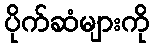
ပိုက်ဆံများကို